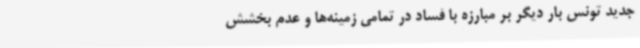
جدید تونس بار دیگر بر مبارزه با فساد در تمامی زمینه‌ها و عدم بخشش